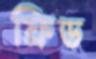
ফ্রিড